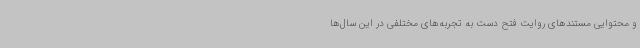
و محتوایی مستندهای روایت فتح دست به تجربه‌های مختلفی در این سال‌ها